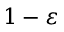
1 - \varepsilon